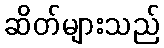
ဆိတ်များသည်